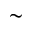
\sim